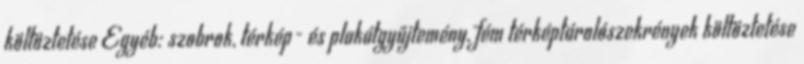
költöztetése Egyéb: szobrok, térkép- és plakátgyűjtemény, fém térképtárolószekrények költöztetése